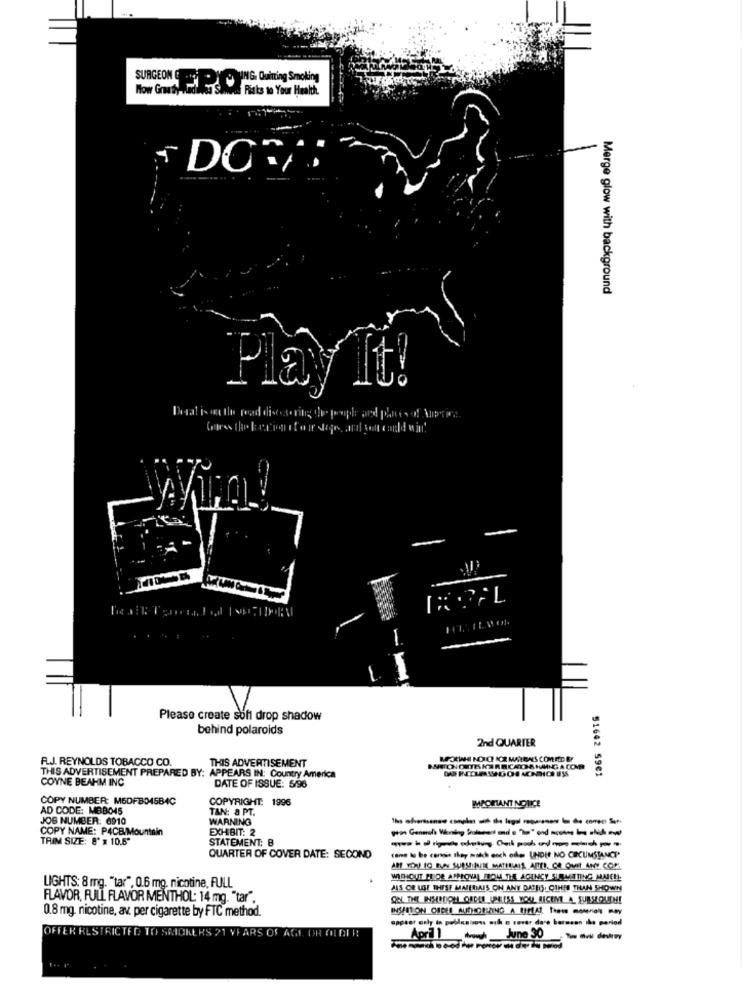
SURGEON CHE PO ING. Quitting Smoking
How Growth
Pitts to Your Health
DORPS
Merge glow with background
Play It!
Deal ison the road diesering the people and placesof justice.
Gares the become to ir stage, and salt could win
Please create sofi drop shadow
behind polaroids
2nd QUARTER
F.J. REYNOLDS TOBACCO CO.
THIS ADVERTISEMENT
91642 59€1
THIS ADVERTISEMENT PREPARED BY: APPEARS IN: Country America
COYNE BEAHM INC
DATE OF ISSUE: 5/96
COPY NUMBER: M6DFB045B4C
COPYRIGHT: 1996
AD CODE: MBB045
TAN: 8 PT.
IMPORTANT NOTICE
JOB NUMBER: 6910
WARNING
COPY NAME: P4CB/Mountain
EXHIBIT: 2
TRIM SIZE: 8' x 10.6'
STATEMENT: B
QUARTER OF COVER DATE: SECOND
canve lo be cornis they match eoch odes UNDI NO CIRCUMSTANCES
WITHOUT PRIOR APPROVAL FROM THE AGENCY SURLETTING MAICH
LIGHTS: 8 mg. "tar", 0.6 mg. nicotine, FULL
JAS OR USE THESE MATERIAIS ON ANY DATES, OTHER THAN SHOWN
FLAVOR, FULL FLAVOR MENTHOL: 14 mg. "tar".
0.8 mg. nicotine, av. per cigarette by FTC method.
OFFER RESTRICTED TO SAID
Of AGE OR OLDER
April low June 30